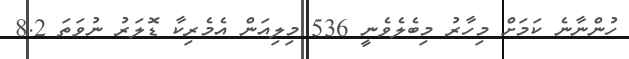
ހުންނާނެ ކަމަށް މިހާރު މިބެލެވެނީ 536 މިލިއަން އެމެރިކާ ޑޮލަރު ނުވަތަ 8.2